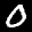
Label: 0